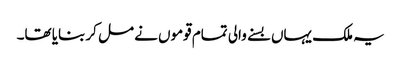
یہ ملک یہاں بسنے والی تمام قوموں نے مل کر بنایا تھا۔